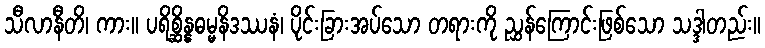
သီလာနီတိ၊ ကား။ ပရိစ္ဆိန္နဓမ္မနိဒဿနံ၊ ပိုင်းခြားအပ်သော တရားကို ညွှန်ကြောင်းဖြစ်သော သဒ္ဒါတည်း။